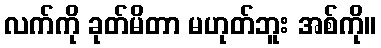
လက်ကို ခုတ်မိတာ မဟုတ်ဘူး အစ်ကို။